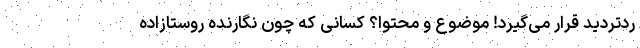
ردتردید قرار می‌گیرد! موضوع و محتوا؟ کسانی که چون نگارنده روستازاده